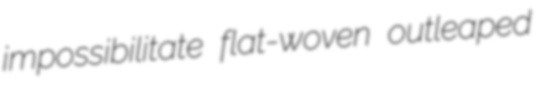
impossibilitate flat-woven outleaped